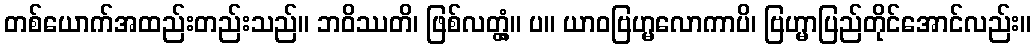
တစ်ယောက်အထည်းတည်းသည်။ ဘဝိဿတိ၊ ဖြစ်လတ္တံ့။ ပ။ ယာဝဗြဟ္မလောကာပိ၊ ဗြဟ္မာပြည်တိုင်အောင်လည်း။